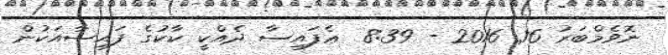
ނޮވެމްބަރު 16